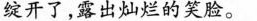
绽开了，露出灿烂的笑脸。